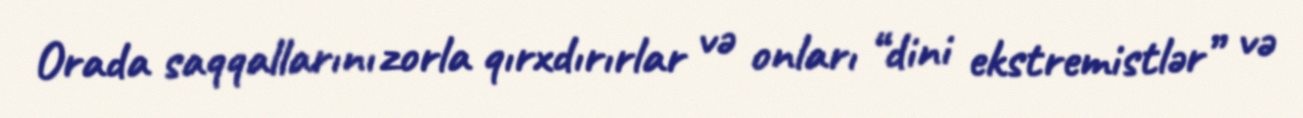
Orada saqqallarını zorla qırxdırırlar və onları “dini ekstremistlər” və